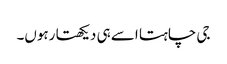
جی چاہتا اسے ہی دیکھتا رہوں۔